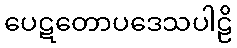
ပေဋတောပဒေသပါဠိ